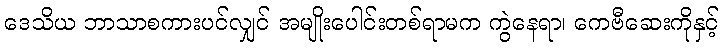
ဒေသိယ ဘာသာစကားပင်လျှင် အမျိုးပေါင်းတစ်ရာမက ကွဲနေရာ၊ ကေဗီဆေးကိုနှင့်